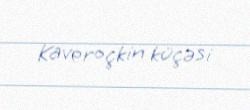
Kaveroçkin küçəsi